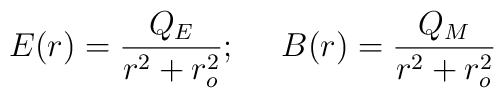
E(r)=\frac{Q_E}{r^2+r_o^2}; \ \ \ \ B(r)=\frac{Q_M}{r^2+r_o^2}